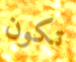
تكون